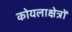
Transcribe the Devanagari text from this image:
कोयलाक्षेत्रों